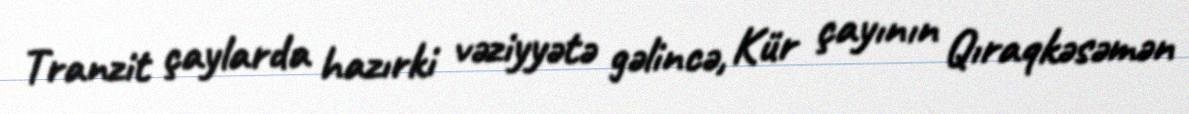
Tranzit çaylarda hazırki vəziyyətə gəlincə, Kür çayının Qıraqkəsəmən